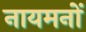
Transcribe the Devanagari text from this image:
नायमनों